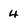
Character: 4